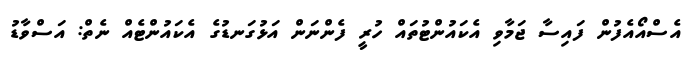
އެސްއޯއެފުން ފައިސާ ޖަމާވި އެކައުންޓުތައް ހުރީ ފެންނަން އަޅުގަނޑުގެ އެކައުންޓެއް ނެތް: އަސްވާޑު